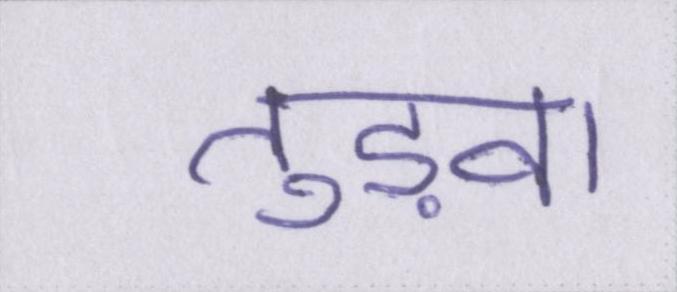
तुड़वा